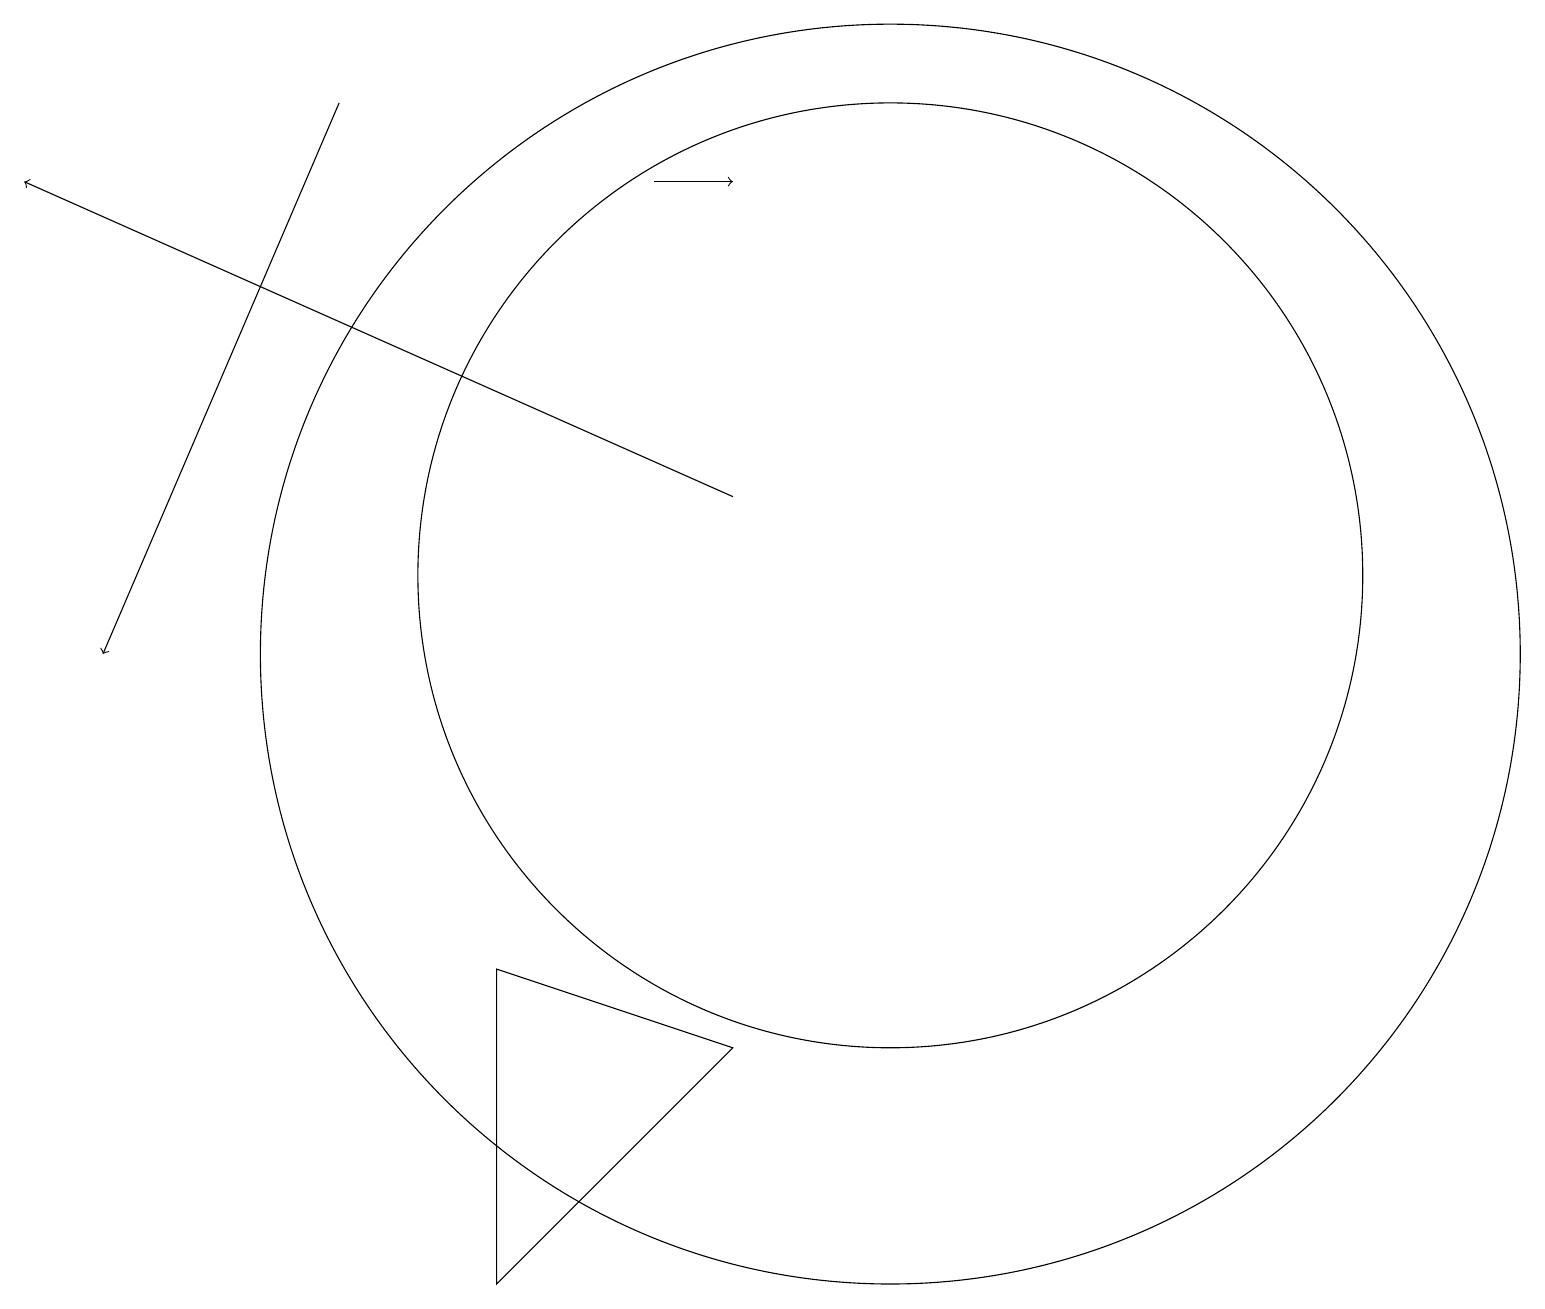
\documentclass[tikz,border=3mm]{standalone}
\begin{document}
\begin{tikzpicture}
\draw (11,10) circle (8);
\draw[->] (4,17) -- (1,10);
\draw[->] (9,12) -- (0,16);
\draw (6,6) -- (9,5) -- (6,2) -- cycle;
\draw (11,11) circle (6);
\draw[->] (8,16) -- (9,16);
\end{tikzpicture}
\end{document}